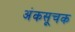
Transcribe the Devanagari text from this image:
अंकसूचक